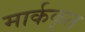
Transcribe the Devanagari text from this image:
मार्ककृत